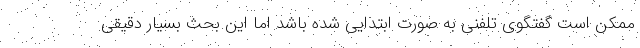
ممکن است گفتگوی تلفنی به صورت ابتدایی شده باشد اما این بحث بسیار دقیقی